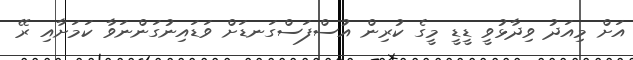
އަށް މިއަދު ވިދާޅުވީ ޑީޑީ މީގެ ކުރިން އުސްފަސްގަނޑަށް ވަޑައިނުގަންނަވާ ކަމަށާއި ރޭ